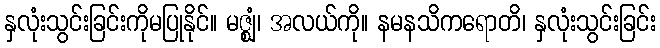
နှလုံးသွင်းခြင်းကိုမပြုနိုင်။ မဇ္ဈံ၊ အလယ်ကို။ နမနသိကရောတိ၊ နှလုံးသွင်းခြင်း